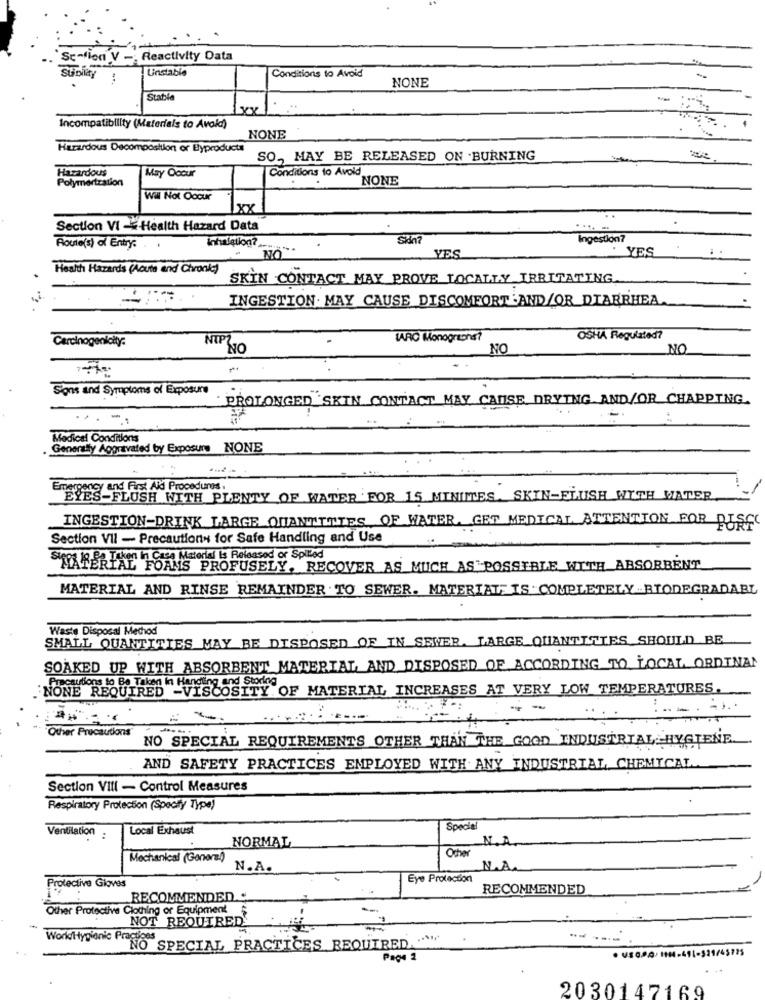
Se-ion V - Reactivity Data
Unstable
Conditions to Avoid
Sunilay
NONE
StatNie
Incompatibility (Materials to Avoid)
NONE
Hazardous Decomposition or Byproducts
SO ., MAY BE RELEASED ON .BURNING
Hazardous
Conditions to Avoid
Polymertration
May Occur
NONE
Wil Not Occur
1xx
..
Section VI - Health Hazard Data
Ingestion?
Route(s) of Entry:
.
Inhalation?
YES
YES
Health Hazards (Acuta and Chronic)
SKIN CONTACT MAY PROVE LOCALLY IRRITATING.
INGESTION MAY CAUSE DISCOMFORT AND/OR DIARRHEA
NTP
IARC Monogrona?
OSHA Regulated?
Carcinogenicity:
NO
NO
NO
Signs and Symptoms of Exposure
PROLONGED SKIN CONTACT MAY CAUSE DRYING AND/OR CHAPPING.
Medical Conditions
. Generally Aggravated by Exposure NONE
Emergency and First Aid Procedures.
EYES-FLUSH WITH PLENTY OF WATER FOR 15 MINIMES. SKIN-ELUSH WITH WATER
INGESTION-DRINK LARGE QUANTITIES OF WATER. GET MEDICAL ATTENTION FOR DISCO
Section VII - Precautions for Safe Handling and Use
Taken in Casa Material Is Released or Spilled
MATERIAL FORMS PROFUSELY. RECOVER AS MUCH AS POSSIBLE WITH ABSORBENT
MATERIAL AND RINSE REMAINDER . TO SEWER. MATERIAL, IS COMPLETELY -BIODEGRADABL
Waste Disposal Method
SMALL QUANTITIES MAY BE DISPOSED OF IN SEWER. LARGE QUANTITIES_SHOULD BE
SOAKED UP WITH ABSORBENT MATERIAL AND DISPOSED OF ACCORDING TO LOCAL ORDINAL
Precautions to Be Taken In Handling and Storing
NONE REQUIRED -VISCOSITY OF MATERIAL INCREASES AT VERY LOW TEMPERATURES.
- -
...........
Other Precautions
NO SPECIAL REQUIREMENTS OTHER THAN THE GOOD INDUSTRIAL HYGIENE
AND SAFETY PRACTICES EMPLOYED WITH ANY INDUSTRIAL, CHEMICAL ..
Section VIII - Control Measures
Respiratory Protection (Specify Type )
Ventilation
Local Exhaust
Special
..
NORMAL
N.A.
Ocher
Mechanical (General)
N.A.
N.A.
Eye Protection
Protective Gloves
RECOMMENDED
RECOMMENDED.
Other Protective Clothing or Equipment $
NOT REQUIRED'
WorkHygienic Practices
NO SPECIAL PRACTICES REQUIRED. .. """
. USG.P.O. 1114-411-521/45725
Page 2
. ..
2030147169